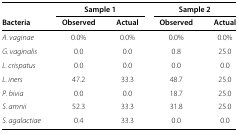
|  | <COLSPAN=2> Sample 1 | <COLSPAN=2> Sample 2 |
 | Bacteria | Observed | Actual | Observed | Actual |
 | --- | --- | --- | --- | --- |
 | A. vaginae | 0.0% | 0.0% | 0.0% | 0.0% |
 | G. vaginalis | 0.0 | 0.0 | 0.8 | 25.0 |
 | L. crispatus | 0.0 | 0.0 | 0.0 | 0.0 |
 | L. iners | 47.2 | 33.3 | 48.7 | 25.0 |
 | P. bivia | 0.0 | 0.0 | 18.7 | 25.0 |
 | S. amnii | 52.3 | 33.3 | 31.8 | 25.0 |
 | S. agalactiae | 0.4 | 33.3 | 0.0 | 0.0 |